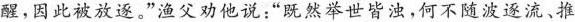
醒，因此被放逐”渔父劝他说：”既然举世皆浊，何不随波逐流、推